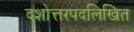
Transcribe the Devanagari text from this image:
दशोत्तरपदलिखित